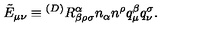
\tilde { E } _ { \mu \nu } \equiv { } ^ { ( D ) } R _ { \beta \rho \sigma } ^ { \alpha } n _ { \alpha } n ^ { \rho } q _ { \mu } ^ { \beta } q _ { \nu } ^ { \sigma } .